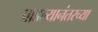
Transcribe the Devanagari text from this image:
पाडल्यानंतरच्या